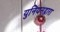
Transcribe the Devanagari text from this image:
युनियनद्वारा